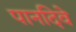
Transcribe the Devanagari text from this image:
पानदिवे